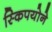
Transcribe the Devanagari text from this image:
स्किपयोने